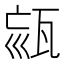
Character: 𤭉